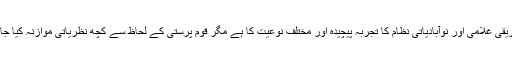
بلاشبہ، افریقی غلامی اور نوآبادیاتی نظام کا تجربہ پیچیدہ اور مختلف نوعیت کا ہے مگر قوم پرستی کے لحاظ سے کچھ نظریاتی موازنہ کیا جا سکتا ہے۔